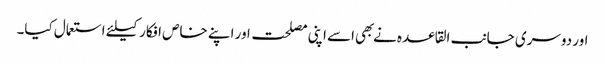
اور دوسری جانب القاعده نے بهی اسے اپنی مصلحت اور اپنے خاص افکار کیلئے استعمال کیا۔